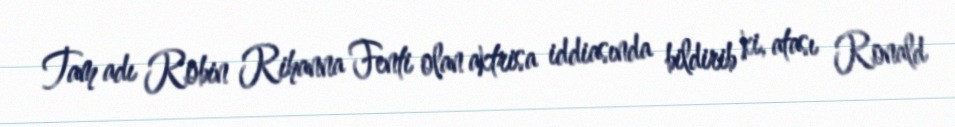
Tam adı Robin Rihanna Fenti olan aktrisa iddiasında bildirib ki, atası Ronald